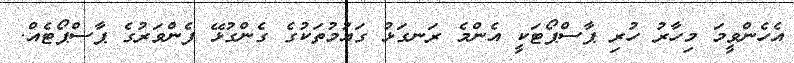
އެހެންވީމަ މިހާރު ހުރި ޕާސްޕޯޓަކީ އެންމެ ރަނގަޅު ގައުމުތަކުގެ ގެންގުޅޭ ފެންވަރުގެ ޕާސްޕޯޓެއް.